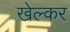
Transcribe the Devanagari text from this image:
खेल्कर